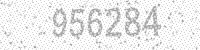
Solution: 956284